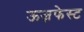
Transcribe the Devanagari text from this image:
ऊज़फेस्ट